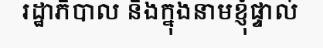
រដ្ឋាភិបាល និងក្នុងនាមខ្ញុំផ្ទាល់